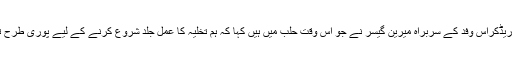
شام میں ریڈکراس وفد کے سربراہ میرین گیسر نے جو اس وقت حلب میں ہیں کہا کہ ہم تخلیہ کا عمل جلد شروع کرنے کے لیے پوری طرح تیار ہیں ۔